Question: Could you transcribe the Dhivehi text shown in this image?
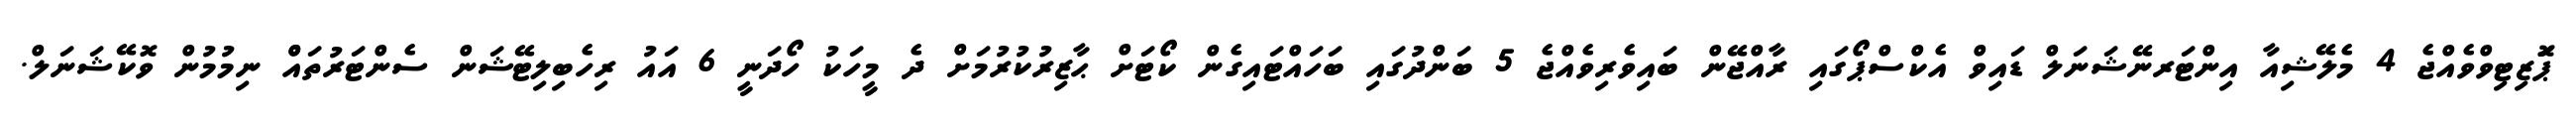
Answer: ޕަޮޒިޓިވްވެއްޖެ 4 މެލޭޝިއާ އިންޓަރނޭޝަނަލް ޑައިވް އެކްސްޕޯގައި ރާއްޖޭން ބައިވެރިވެއްޖެ 5 ބަންދުގައި ބަހައްޓައިގެން ކޯޓަށް ޙާޒިރުކުރުމަށް ދެ މީހަކު ހޯދަނީ 6 އައު ރިހެބިލިޓޭޝަން ސެންޓަރުތައްް ނިމުމުން ވޮކޭޝަނަލް.